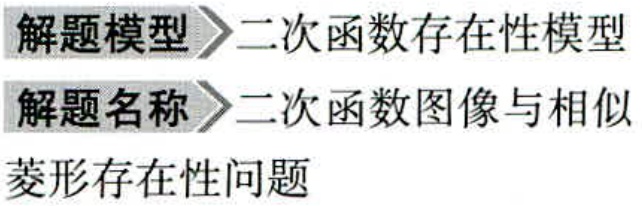
解题模型 \(\to\) 二次函数存在性模型
解题名称 \(\to\) 二次函数图像与相似
菱形存在性问题